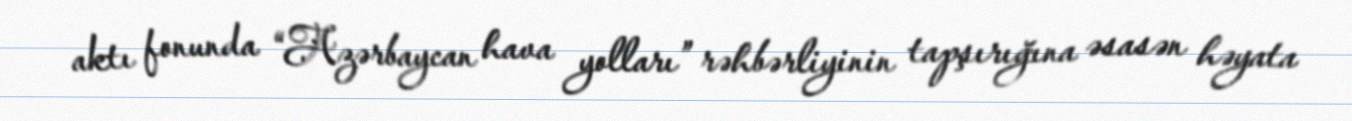
aktı fonunda “Azərbaycan hava yolları” rəhbərliyinin tapşırığına əsasən həyata